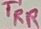
Text: TRR